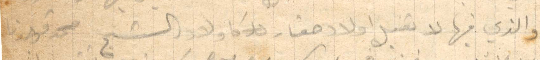
والذي فيها لا تقبل أولاد أولاد حقار أولاد الشيخ محمد فوجدنا